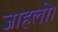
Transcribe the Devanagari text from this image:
जाहलो।